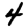
Digit: 4